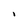
Character: I